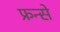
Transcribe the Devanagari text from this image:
फ्रन्से